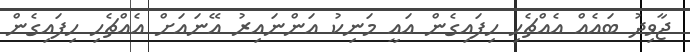
ޖާވިދު ބައެއް އެއްޗެހި ހިފައިގެން އައީ މަނިކު އަންނައިރު އޭނައަށް އެއްޗެހި ހިފައިގެން